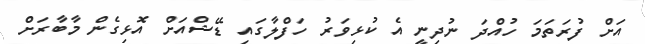
އަށް ފުރަތަމަ ހުއްދަ ނުދިނީ އެ ކުޅިވަރު ހަފްލާގައި ޑޭޝްއަށް އޮޅިގެން މާބާރަށް